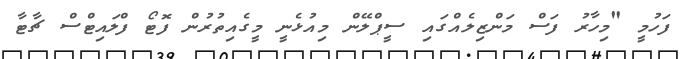
ފަހުމީ "މިހާރު ފަސް މަންޒިލެއްގައި ސީޕްލޭން މިއުޅެނީ މީގެއިތުރުން ފޮޓޯ ފްލައިޓްސް ޗާޓާ